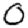
Digit: 0